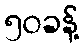
၅၀ခန့်